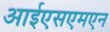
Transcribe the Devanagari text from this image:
आईएसएमएन